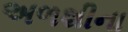
અળશીના